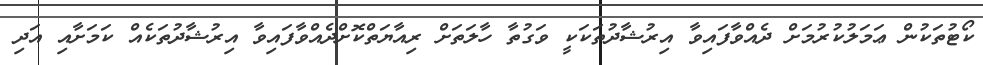
ކޯޓުތަކުން ޢަމަލުކުރުމަށް ދެއްވާފައިވާ އިރުޝާދުތަކަކީ ވަގުތާ ހާލަތަށް ރިއާޔަތްކޮށްދެއްވާފައިވާ އިރުޝާދުތަކެއް ކަމަށާއި އަދި